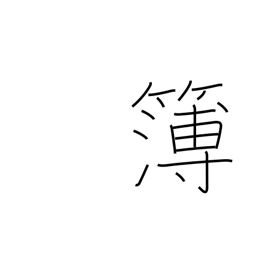
Meaning: record book